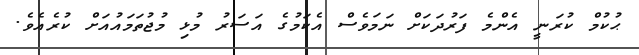
ޙުކުމް ކުރަނީ އެންމެ ފަރުދަކަށް ނަމަވެސް އެކަމުގެ އަސަރު މުޅި މުޖުތަމައުއަށް ކުރެއެވެ.